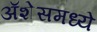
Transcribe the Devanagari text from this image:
ॲशेसमध्ये